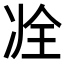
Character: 𠗎